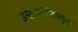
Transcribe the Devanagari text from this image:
इन्टरमॉलिक्युलर